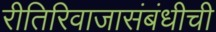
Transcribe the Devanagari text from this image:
रीतिरिवाजासंबंधीची